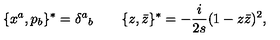
\{ x ^ { a } , p _ { b } \} ^ { \ast } = \delta ^ { a } { } _ { b } \qquad \{ z , \bar { z } \} ^ { \ast } = - \frac { i } { 2 s } ( 1 - z \bar { z } ) ^ { 2 } ,